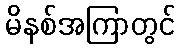
မိနစ်အကြာတွင်